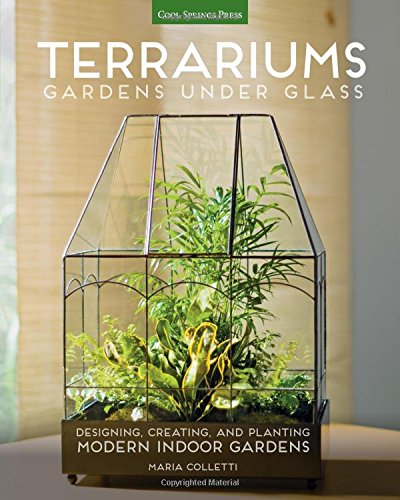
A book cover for Terrariums - Gardens Under Glass: Designing, Creating, and Planting Modern Indoor Gardens; Maria Colletti; Crafts, Hobbies & Home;